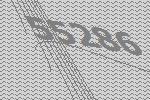
55286